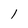
Character: l